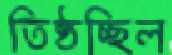
তিষ্ঠচ্ছিল